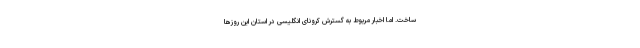
ساخت. اما اخبار مربوط به گسترش کرونای انگلیسی در استان این روزها